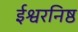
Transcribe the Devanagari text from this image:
ईश्वरनिष्ठ